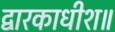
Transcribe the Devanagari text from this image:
द्वारकाधीश॥